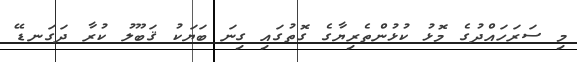
މި ސަރަހައްދުގެ މޮޅު ކުޅުންތެރިޔާގެ ގޮތުގައި ގިނަ ބަޔަކު ޤަބޫލު ކުރާ ދަގަނޑޭ